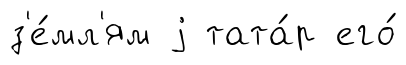
з'е́мл'ям j тата́р его́